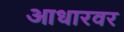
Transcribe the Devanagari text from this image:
आधारवर